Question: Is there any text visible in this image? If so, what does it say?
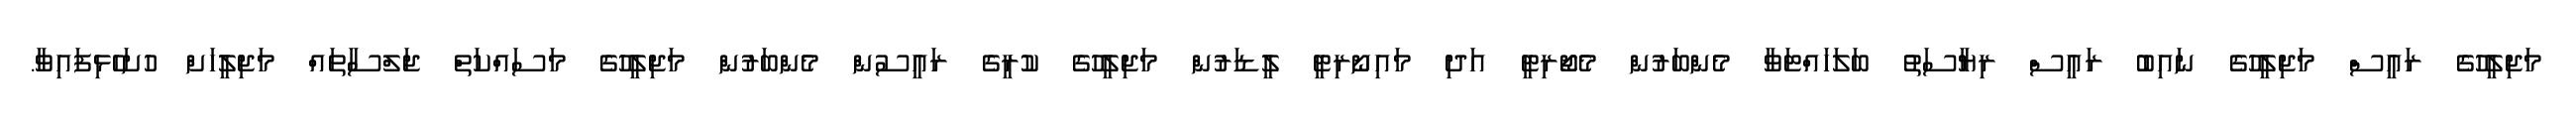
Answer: މަޖިލީހުގެ ރައީސް މަޖިލީހުގެ ނައިބު ރައީސް ރިޔާސަތު ބަލަހައްޓަވާ މެންބަރުން މެޖޯރިޓީ އަދި މައިނޯރިޓީ ލީޑަރުން މަޖިލީހުގެ ކުރީގެ ރައީސުން މެންބަރުން މަޖިލީހުގެ މަސައްކަތް ޖަލްސާތައް މަޖިލީހަށް ހުށަހެޅިފައިވާ.